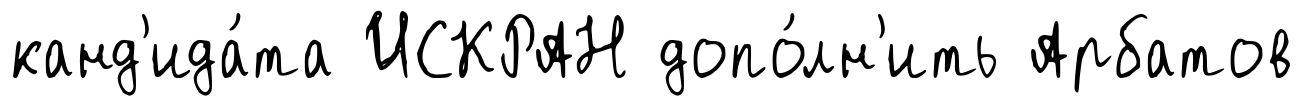
канд'ида́та ИСКРАН допо́лн'ить Арбатов